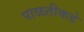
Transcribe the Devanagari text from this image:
पाळतीकडे